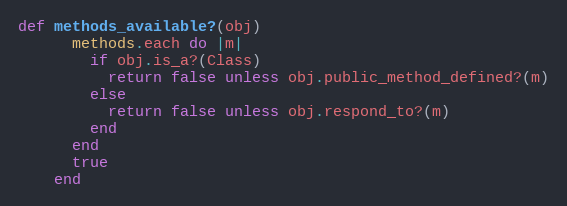
Language: Ruby
def methods_available?(obj)
      methods.each do |m|
        if obj.is_a?(Class)
          return false unless obj.public_method_defined?(m)
        else
          return false unless obj.respond_to?(m)
        end
      end
      true
    end